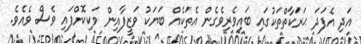
އަދި އެފަދަ ޙަރަކާތްތަކުގައި ބައިވެރިވެގެން އެތަކެއް ބަޔަކު ވަޒީފާއިން ވަކިކޮށްފައި ވެސް ވެއެވެ.